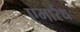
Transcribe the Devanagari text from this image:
एमारैंथ